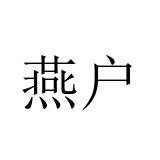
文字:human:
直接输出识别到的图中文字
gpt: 燕户